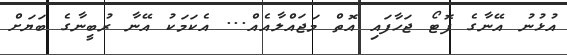
އުޅުނު އޭނާގެ ފޮޓޯ ޖަހާފައި އޮތް މަޖައްލާއެއް... އެކަމަކު އޭނާ ރުބީނާގެ ބަޔަށް